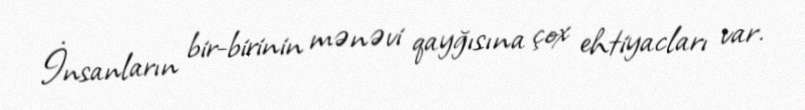
İnsanların bir-birinin mənəvi qayğısına çox ehtiyacları var.